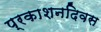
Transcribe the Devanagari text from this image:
प्रकाशनदिवस